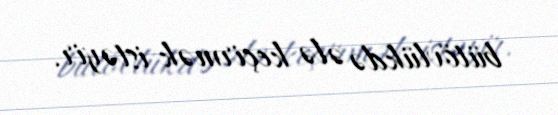
bütövlükdə ələ keçirmək istəyir.